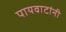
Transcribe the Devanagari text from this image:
पायवाटांनी